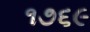
૧૭૬૯